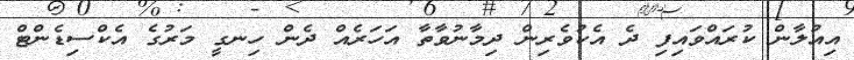
އިއުލާން ކުރައްވައިފި ދެ އެކުވެރިން ދިމާނުވާތާ އަހަރެއް ދެން ހިނގީ މަރުގެ އެކްސިޑެންޓް